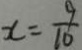
x = \frac { 9 } { 1 0 }